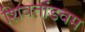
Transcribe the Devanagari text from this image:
शिवतांडवम